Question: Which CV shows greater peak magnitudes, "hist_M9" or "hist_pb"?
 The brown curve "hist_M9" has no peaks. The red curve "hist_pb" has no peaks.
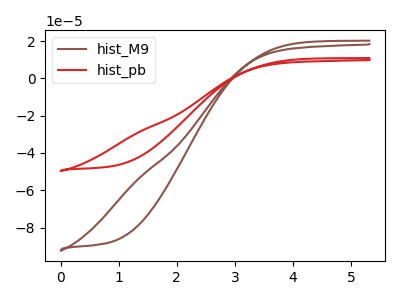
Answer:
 <answer>Niether CV has any peaks.</answer>
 <eval>blanks</eval>